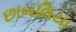
છાબલિયા